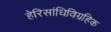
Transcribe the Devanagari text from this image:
हेरिसांधिविग्रहिक